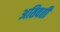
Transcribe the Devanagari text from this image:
अतिवर्ती